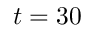
t = 3 0